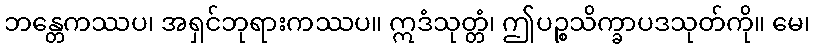
ဘန္တေကဿပ၊ အရှင်ဘုရားကဿပ။ ဣဒံသုတ္တံ၊ ဤပဉ္စသိက္ခာပဒသုတ်ကို။ မေ၊